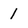
Character: 1